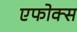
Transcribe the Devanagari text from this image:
एफोक्स